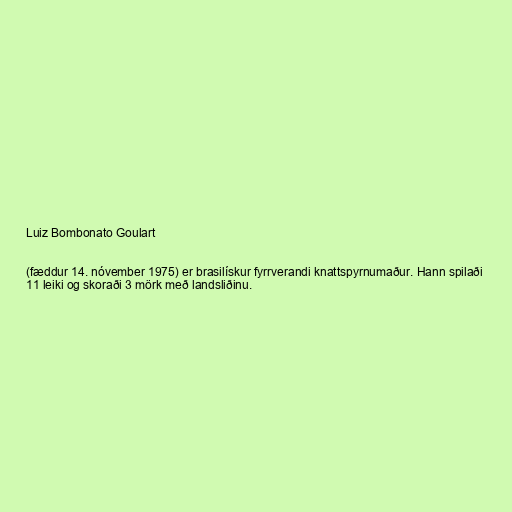
Luiz Bombonato Goulart

(fæddur 14. nóvember 1975) er brasilískur fyrrverandi knattspyrnumaður. Hann spilaði
11 leiki og skoraði 3 mörk með landsliðinu.